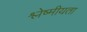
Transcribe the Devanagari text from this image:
श्लेष्मीयता